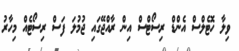
ވިލާ ހޮޓެލްސް އެންޑް ރިސޯޓްސް އިން ރާއްޖޭގައި ޖުމުލަ ފަސް ރިސޯޓެއް މިހާރު